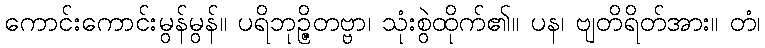
ကောင်းကောင်းမွန်မွန်။ ပရိဘုဉ္ဇိတဗ္ဗာ၊ သုံးစွဲထိုက်၏။ ပန၊ ဗျတိရိတ်အား။ တံ၊